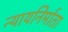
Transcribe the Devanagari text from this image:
न्यायनिर्माता